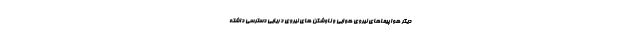
دیگر هواپیماهای نیروی هوایی و ناوشکن های نیروی دریایی دسترسی داشته